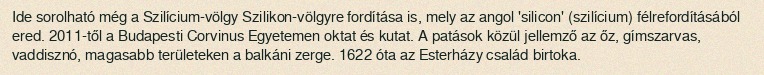
Ide sorolható még a Szilícium-völgy Szilikon-völgyre fordítása is, mely az angol 'silicon' (szilícium) félrefordításából ered. 2011-től a Budapesti Corvinus Egyetemen oktat és kutat. A patások közül jellemző az őz, gímszarvas, vaddisznó, magasabb területeken a balkáni zerge. 1622 óta az Esterházy család birtoka.